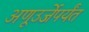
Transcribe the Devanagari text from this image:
अणूउर्जेपर्यंत